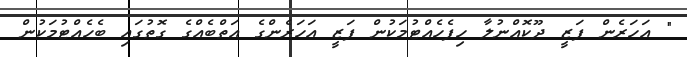
" އަހަރެން ފަޒީ ދޫކޮއްނުލާ ހިފެހެއްޓުމަކުން ފަޒީ އަހަރެންގެ އަތްބެއްގެ ގޮތުގައި ބެހެއްޓުމަކުން